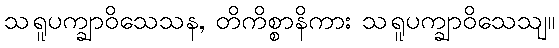
သရူပက္ချာဝိသေသန, တိကိစ္စာနိကား သရူပက္ချာဝိသေသျ။